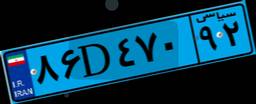
۸۶D۴۷۰۹۲